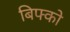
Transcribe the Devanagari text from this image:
बिफ्को